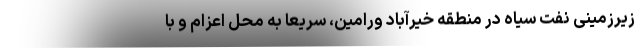
زیرزمینی نفت سیاه در منطقه خیرآباد ورامین، سریعا به محل اعزام و با